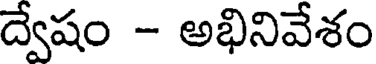
ద్వేషం - అభినివేశం